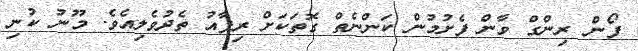
ފޯން ރިންގް ވާން ފެށުމުން ކަންނެތް ގޮތަކަށް ރިފާއު ތެދުވެލިއެވެ. މޫނު ކުނި